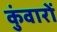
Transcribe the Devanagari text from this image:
कुंवारों